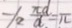
- / 2 \frac { \pi d } { d } = \pi